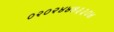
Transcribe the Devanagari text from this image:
०२०२४४७३३०४